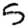
Digit: 5